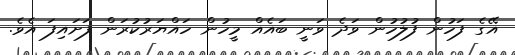
އޭގެ ފަހުން ފުލުހުން ވަދެ ވަނީ ބައެއް މީހުން ހައްޔަރުކުރަން ފަށައިފަ އެވެ.